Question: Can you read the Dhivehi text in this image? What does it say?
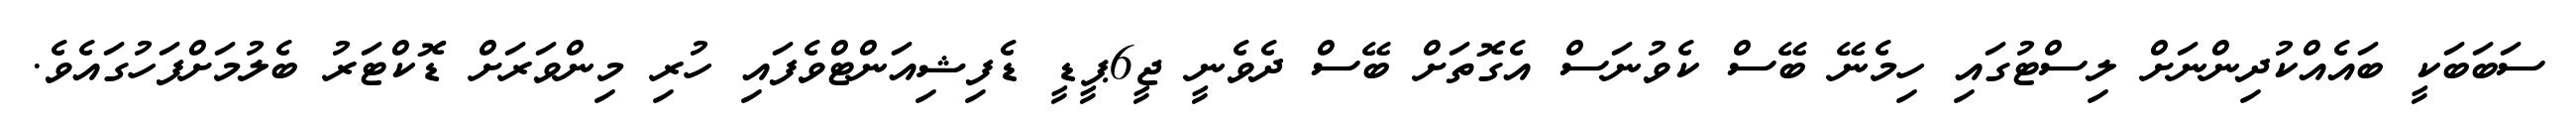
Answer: ސަބަބަކީ ބައެއްކުދިންނަށް ލިސްޓުގައި ހިމެނޭ ބޭސް ކެވުނަސް އެގޮތަށް ބޭސް ދެވެނީ ޖީ6ޕީޑީ ޑެފިޝިއަންޓްވެފައި ހުރި މިންވަރަށް ޑޮކްޓަރު ބެލުމަށްފަހުގައެވެ.